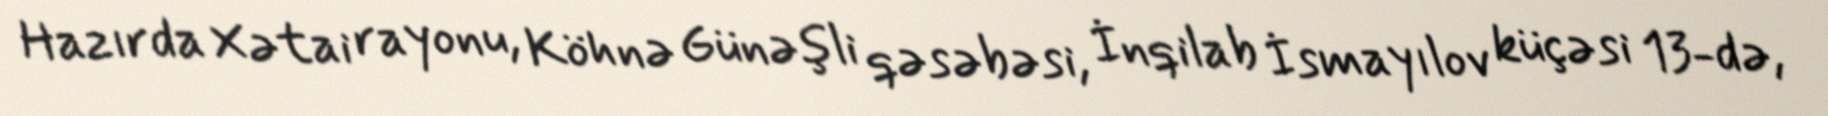
Hazırda Xətai rayonu, Köhnə Günəşli qəsəbəsi, İnqilab İsmayılov küçəsi 13-də,